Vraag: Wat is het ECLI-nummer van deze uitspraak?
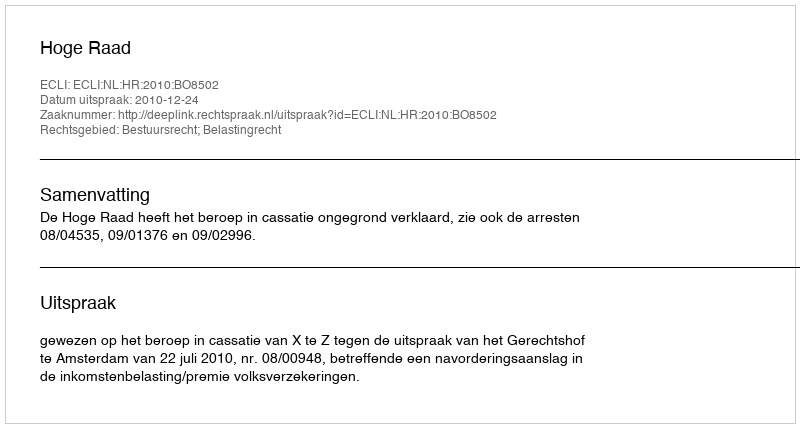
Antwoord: ECLI:NL:HR:2010:BO8502